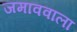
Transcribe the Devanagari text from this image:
जमाववाला